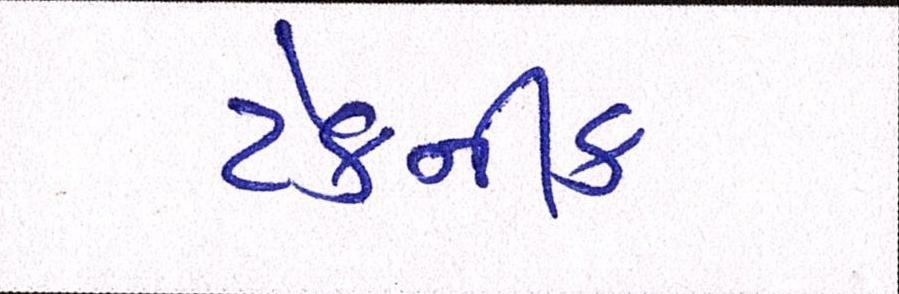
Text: ટેકનીક